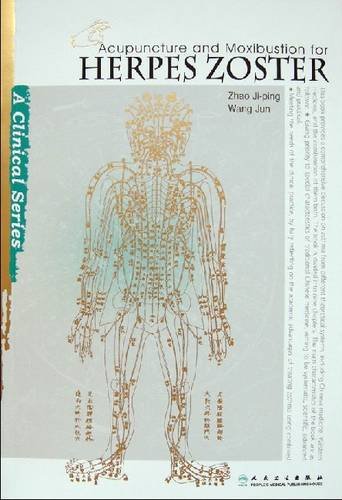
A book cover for Acupuncture and Moxibustion for Herpes Zoster (Clinical Practice of Acupuncture and Moxibustion); Zhao; Health, Fitness & Dieting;